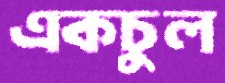
একচুল